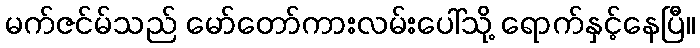
မက်ဇင်မ်သည် မော်တော်ကားလမ်းပေါ်သို့ ရောက်နှင့်နေပြီ။